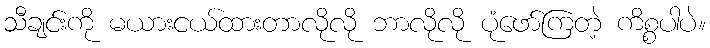
သီချင်းကို မယားငယ်ထားတာလိုလို ဘာလိုလို ပုံဖော်ကြတဲ့ ကိစ္စပါပဲ။